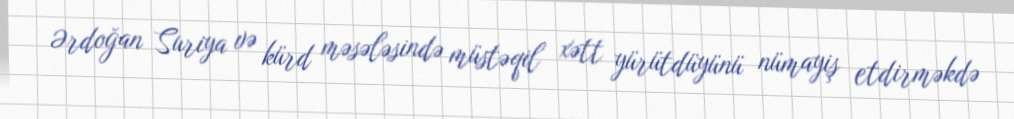
Ərdoğan Suriya və kürd məsələsində müstəqil xətt yürütdüyünü nümayiş etdirməkdə